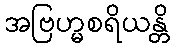
အဗြဟ္မစရိယန္တိ